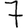
Digit: 7